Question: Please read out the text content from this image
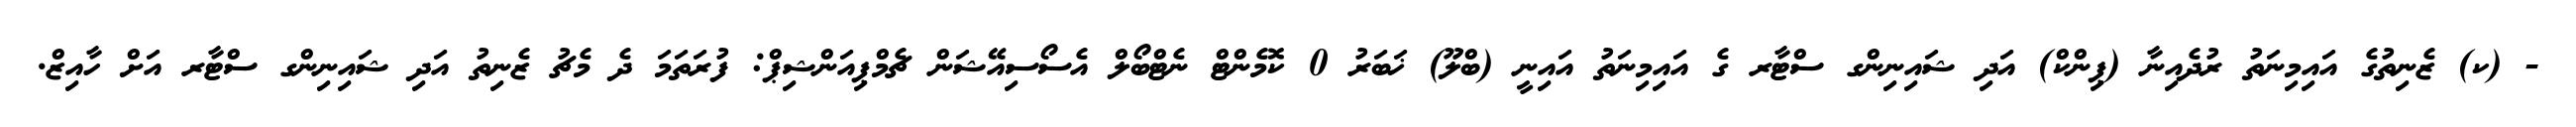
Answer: - (ކ) ޒެނިތުގެ އައިމިނަތު ރުދެއިނާ (ޕިންކް) އަދި ޝައިނިންގ ސްޓާރ ގެ އައިމިނަތު އައިނީ (ބްލޫ) ޚަބަރު 0 ކޮމެންޓް ނެޓްބޯލް އެސޯސިއޭޝަން ޗެމްޕިއަންޝިޕް: ފުރަތަމަ ދެ މެޗު ޒެނިތު އަދި ޝައިނިންގ ސްޓާރ އަށް ހާއިޒް.